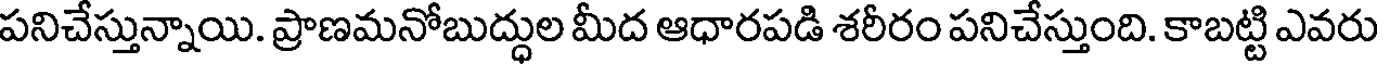
పనిచేస్తున్నాయి. ప్రాణమనోబుద్ధుల మీద ఆధారపడి శరీరం పనిచేస్తుంది. కాబట్టి ఎవరు